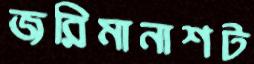
জরিমানাশট